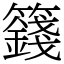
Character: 籛